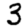
Digit: 3